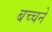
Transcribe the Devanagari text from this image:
बच्चने